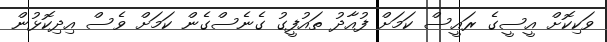
ވަކިކޮށް އީސީގެ ރައީސް ކަމަށް ފުއާދު ތައުފީގު ގެނެސްގެން ކަމަށް ވެސް އިދިކޮޅުން